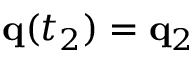
\mathbf { q } ( t _ { 2 } ) = \mathbf { q } _ { 2 }